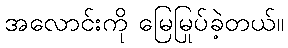
အလောင်းကို မြေမြုပ်ခဲ့တယ်။